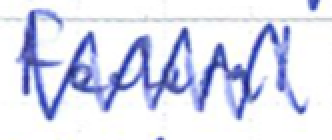
Text: federal
Cross-out: zig-zag
Writing tool: ballpoint